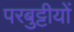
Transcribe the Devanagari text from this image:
परबुट्टीयों